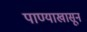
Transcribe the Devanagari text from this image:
पाण्याखासून